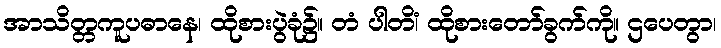
အာသိတ္တကူပဓာနေ၊ ထိုစားပွဲခုံ၌။ တံ ပါတိံ၊ ထိုစားတော်ခွက်ကို။ ဌပေတွာ၊